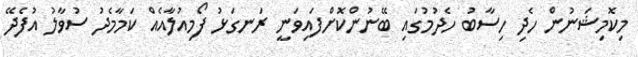
މިކޮމިޝަނުން ހެދި ހިސާބު ހެދުމުގައި ބޭނުންކޮށްފައިވަނީ ރަނގަޅު ފޯމިއުލާއެއް ކަމާމެދު ސުވާލު އުފެދޭ